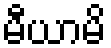
မီယာမိ